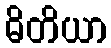
ဓိတိယာ